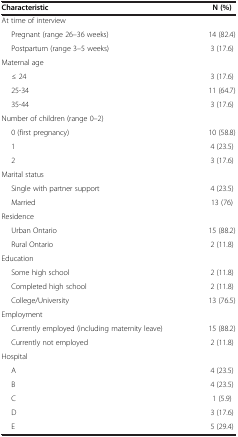
<table><thead><tr><td><b>Characteristic</b></td><td><b>N (%)</b></td></tr></thead><tbody><tr><td>At time of interview</td><td> </td></tr><tr><td>Pregnant (range 26–36 weeks)</td><td>14 (82.4)</td></tr><tr><td>Postpartum (range 3–5 weeks)</td><td>3 (17.6)</td></tr><tr><td>Maternal age</td><td> </td></tr><tr><td>≤ 24</td><td>3 (17.6)</td></tr><tr><td>25-34</td><td>11 (64.7)</td></tr><tr><td>35-44</td><td>3 (17.6)</td></tr><tr><td>Number of children (range 0–2)</td><td> </td></tr><tr><td>0 (first pregnancy)</td><td>10 (58.8)</td></tr><tr><td>1</td><td>4 (23.5)</td></tr><tr><td>2</td><td>3 (17.6)</td></tr><tr><td>Marital status</td><td> </td></tr><tr><td>Single with partner support</td><td>4 (23.5)</td></tr><tr><td>Married</td><td>13 (76)</td></tr><tr><td>Residence</td><td> </td></tr><tr><td>Urban Ontario</td><td>15 (88.2)</td></tr><tr><td>Rural Ontario</td><td>2 (11.8)</td></tr><tr><td>Education</td><td> </td></tr><tr><td>Some high school</td><td>2 (11.8)</td></tr><tr><td>Completed high school</td><td>2 (11.8)</td></tr><tr><td>College/University</td><td>13 (76.5)</td></tr><tr><td>Employment</td><td> </td></tr><tr><td>Currently employed (including maternity leave)</td><td>15 (88.2)</td></tr><tr><td>Currently not employed</td><td>2 (11.8)</td></tr><tr><td>Hospital</td><td> </td></tr><tr><td>A</td><td>4 (23.5)</td></tr><tr><td>B</td><td>4 (23.5)</td></tr><tr><td>C</td><td>1 (5.9)</td></tr><tr><td>D</td><td>3 (17.6)</td></tr><tr><td>E</td><td>5 (29.4)</td></tr></tbody></table>